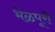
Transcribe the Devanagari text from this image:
भेळपूरी